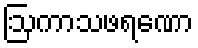
ဩကာသဖရဏော